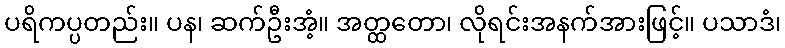
ပရိကပ္ပတည်း။ ပန၊ ဆက်ဦးအံ့။ အတ္ထတော၊ လိုရင်းအနက်အားဖြင့်။ ပသာဒံ၊